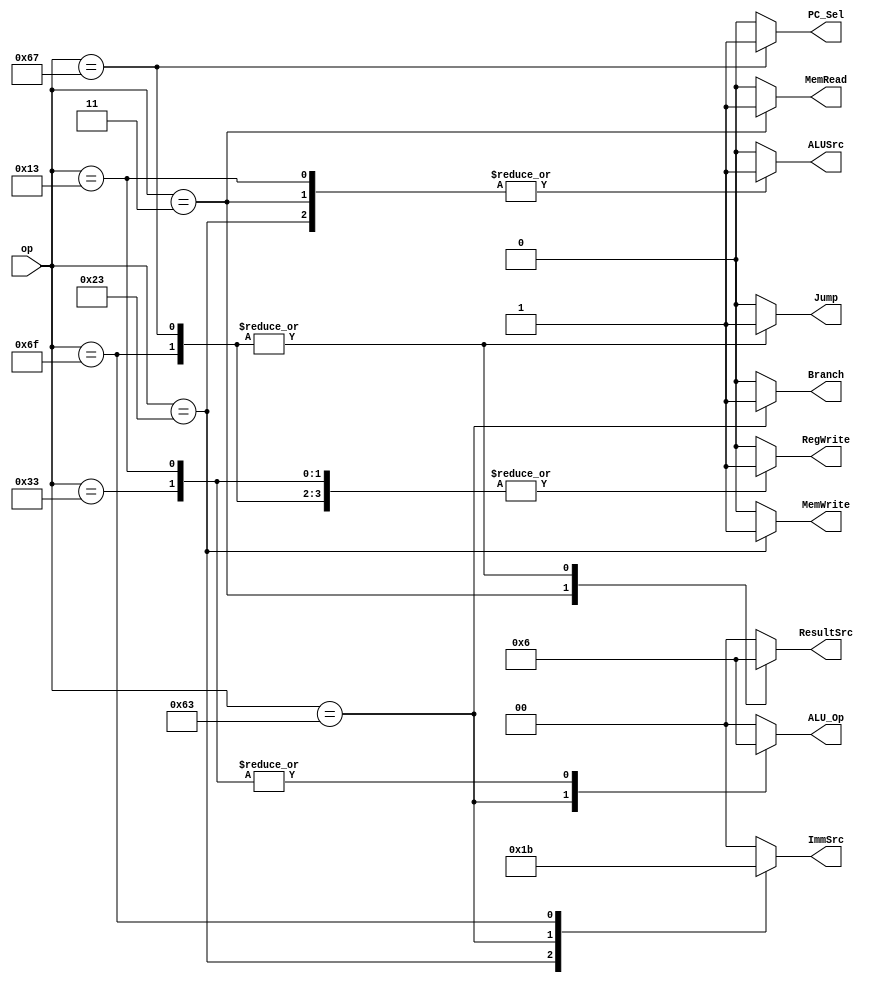
module Main_Decoder(

input    wire  [6:0]    op,
output   reg            MemWrite,ALUSrc,RegWrite,PC_Sel,Jump,Branch,MemRead,
output   reg   [1:0]    ALU_Op,ImmSrc,ResultSrc

);

always @(*)
  begin
    MemRead = 1'b0;
	RegWrite=1'b0;
	ImmSrc=2'b00;
	ALUSrc=1'b0;
	MemWrite=1'b0;
	ResultSrc=1'b0;
	Branch=1'b0;
	ALU_Op=2'b00;
	Jump=1'b0;
    PC_Sel=1'b0;
	
    case(op)
	  //lw
      7'b0000011: begin
        MemRead = 1'b1;
		RegWrite=1'b1;
		ImmSrc=2'b00;
		ALUSrc=1'b1;
		MemWrite=1'b0;
		ResultSrc=01;
		Branch=1'b0;
		ALU_Op=2'b00;
		Jump=1'b0;
        PC_Sel=1'b0;
      end
      //sw
      7'b0100011: begin
        RegWrite=1'b0;
		ImmSrc=2'b01;
		ALUSrc=1'b1;
		MemWrite=1'b1;
		ResultSrc=00;
		Branch=1'b0;
		ALU_Op=2'b00;
		Jump=1'b0;
        PC_Sel=1'b0;
      end
      //R_Type
      7'b0110011: begin
        RegWrite=1'b1;
		ImmSrc=2'b00;
		ALUSrc=1'b0;
		MemWrite=1'b0;
		ResultSrc=00;
		Branch=1'b0;
		ALU_Op=2'b10;
		Jump=1'b0;
        PC_Sel=1'b0;
      end
      //beq and bne
      7'b1100011: begin
        RegWrite=1'b0;
		ImmSrc=2'b10;
		ALUSrc=1'b0;
		MemWrite=1'b0;
		ResultSrc=00;
		Branch=1'b1;
		ALU_Op=2'b01;
		Jump=1'b0;
        PC_Sel=1'b0;
      end
      //I_type ALU
      7'b0010011: begin
        RegWrite=1'b1;
		ImmSrc=2'b00;
		ALUSrc=1'b1;
		MemWrite=1'b0;
		ResultSrc=00;
		Branch=1'b0;
		ALU_Op=2'b10;
		Jump=1'b0;
        PC_Sel=1'b0;
      end
      //jal
      7'b1101111: begin
        RegWrite=1'b1;
		ImmSrc=2'b11;
		ALUSrc=1'b0;
		MemWrite=1'b0;
		ResultSrc=10;
		Branch=1'b0;
		ALU_Op=2'b00;
		Jump=1'b1;
        PC_Sel=1'b0;
      end
      //jalr
      7'b1100111: begin
        RegWrite=1'b1;
		ImmSrc=2'b00;
		ALUSrc=1'b0;
		MemWrite=1'b0;
		ResultSrc=10;
		Branch=1'b0;
		ALU_Op=2'b00;
		Jump=1'b1;
        PC_Sel=1'b1;
      end
endcase 
 
end

endmodule